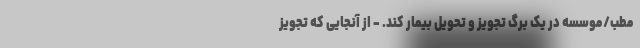
مطب/موسسه در یک برگ تجویز و تحویل بیمار کند. - از آنجایی که تجویز